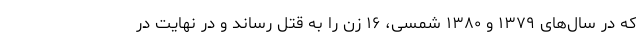
که در سال‌های ۱۳۷۹ و ۱۳۸۰ شمسی، ۱۶ زن را به قتل رساند و در نهایت در